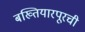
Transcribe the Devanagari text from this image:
बख्तियारपूरची